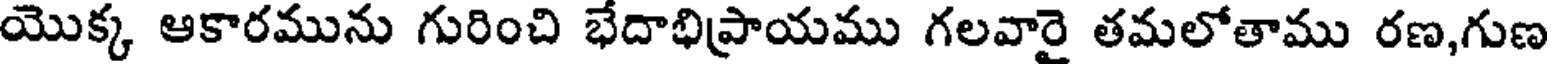
యొక్క ఆకారమును గురించి భేదాభిప్రాయము గలవారై తమలోతాము రణ,గుణ